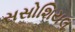
સસોશિયલ